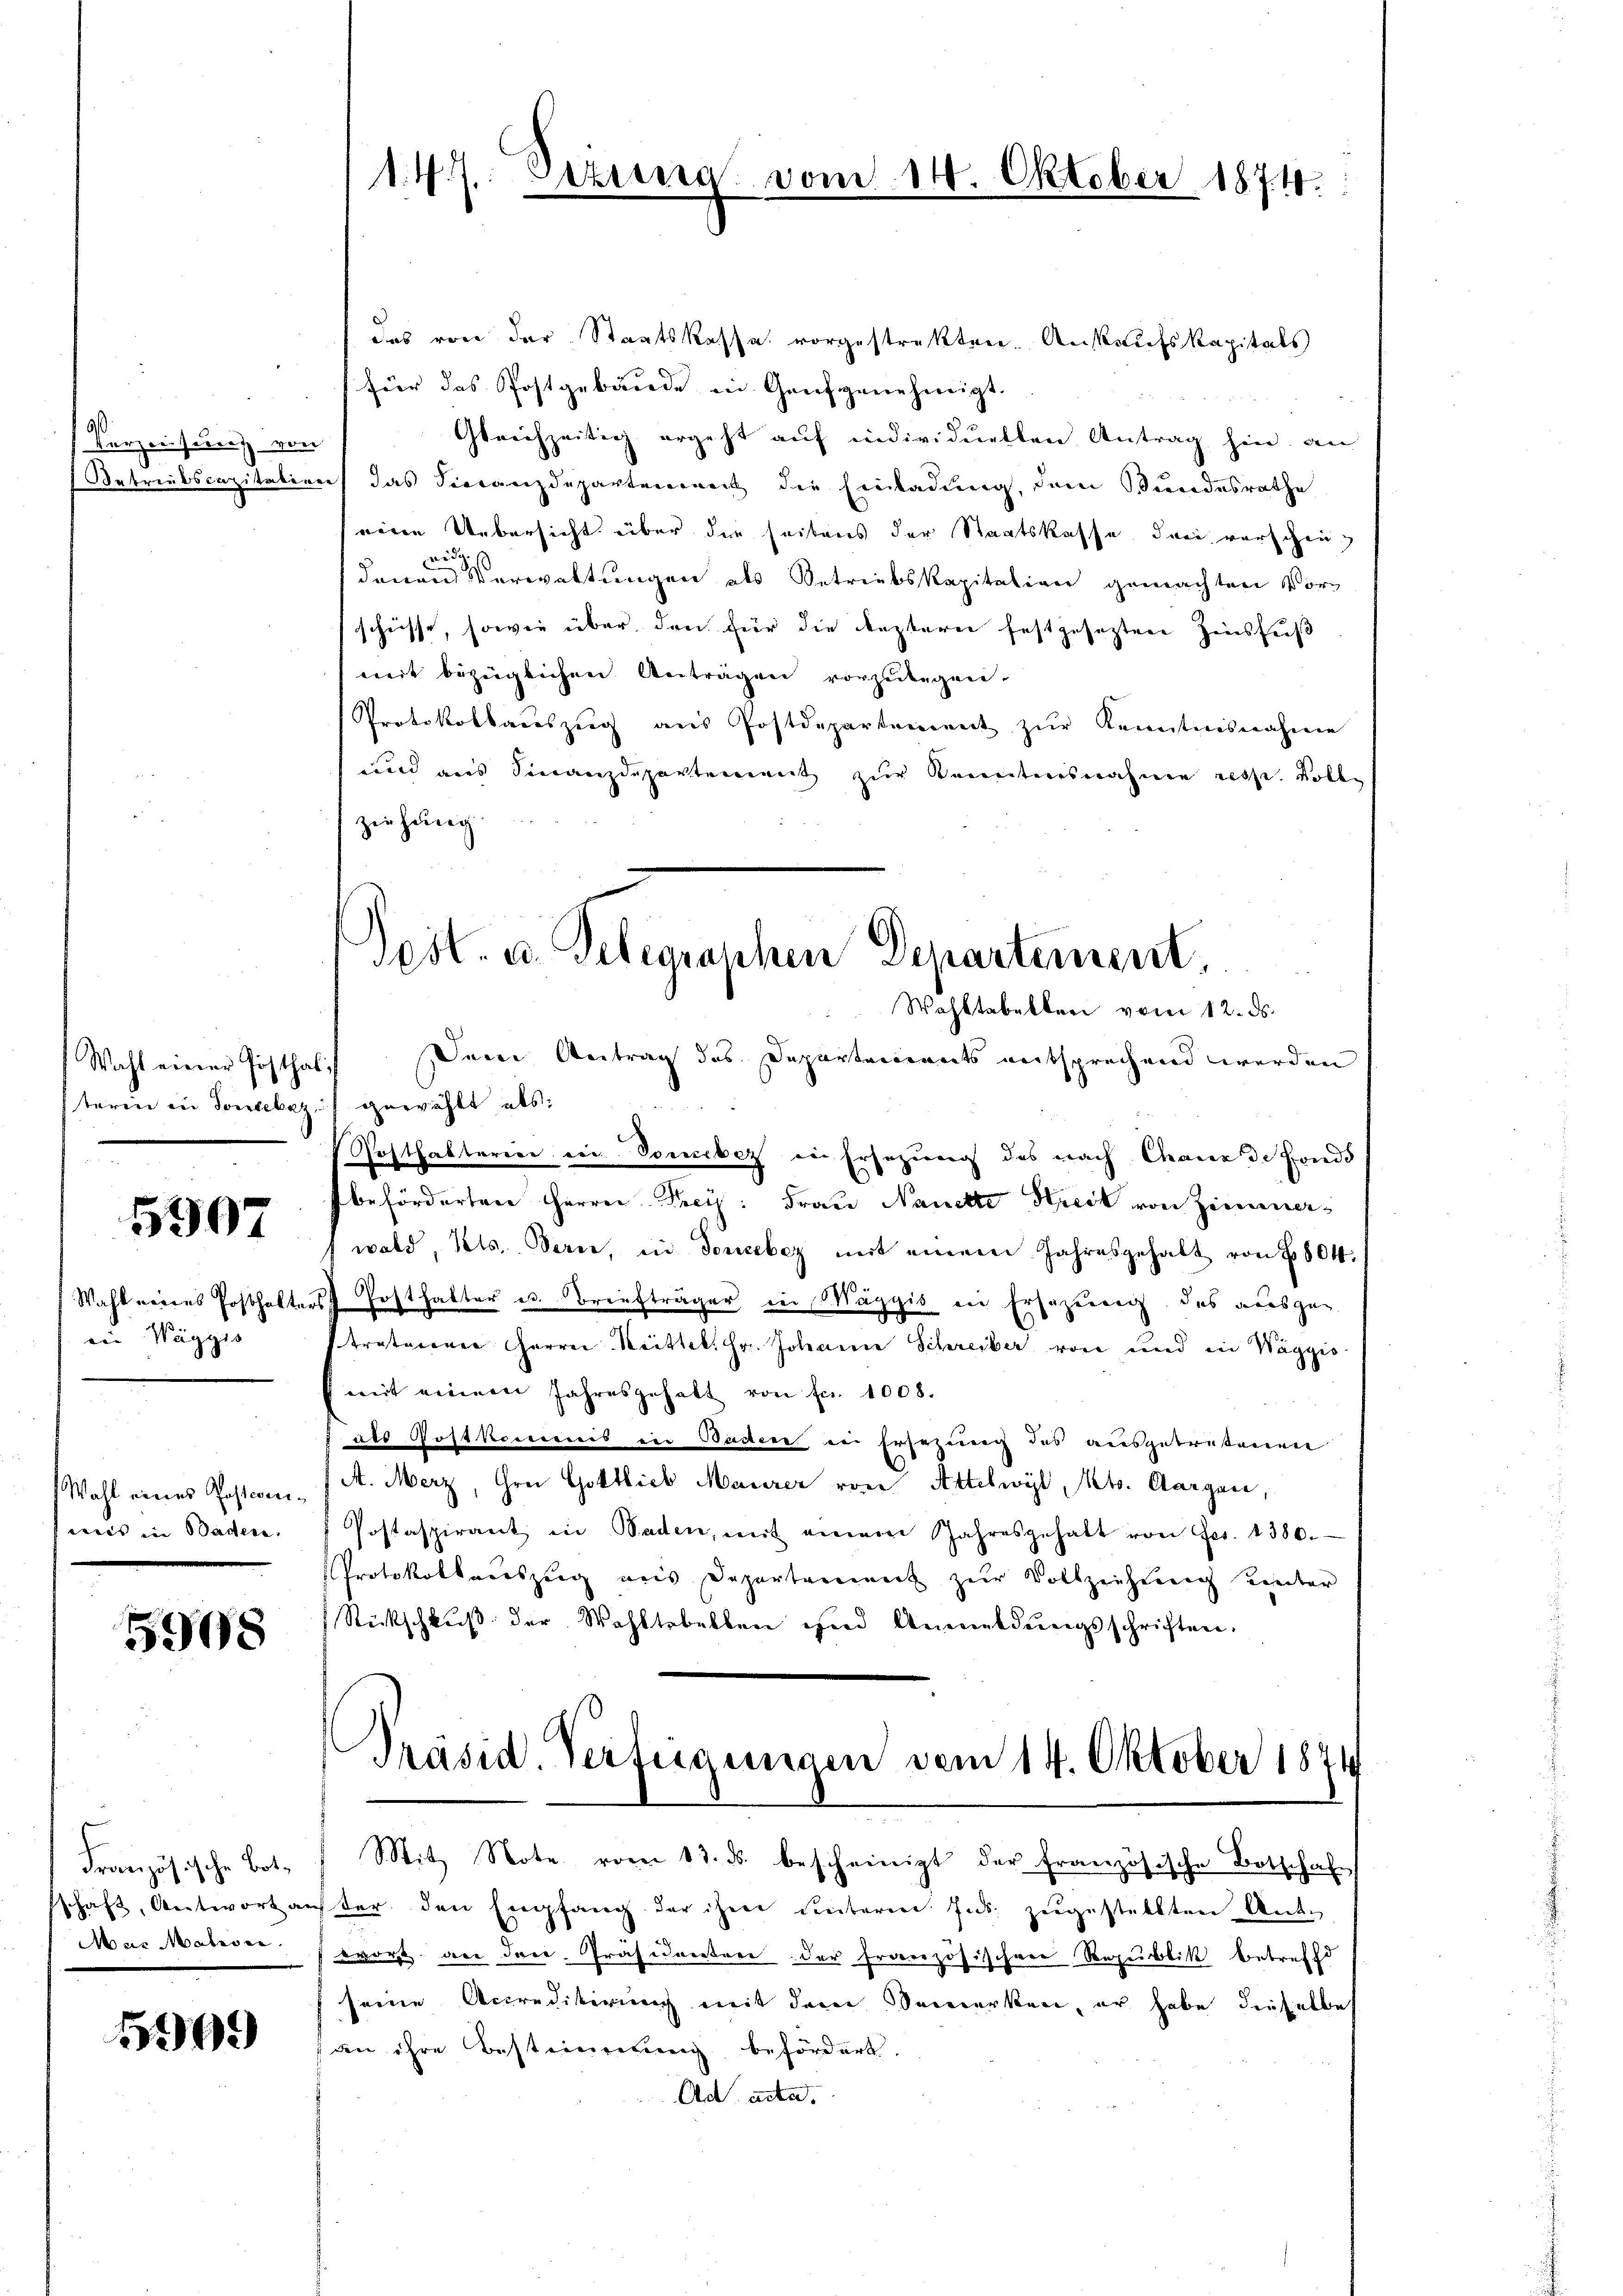
Kurzenseres von
Betreibscapitale.

Wahl einer Posthal
steren ein Sonebaz,

5907

Wahl vornes Posthalte
in Wäggis

Wahl eines Postereimis in Baden.

5908

Französische Botschaft, Antwort a
Mar Malerei.

5999

147. Sinnen,

von

.

Oktober 187. 40

das von der Staatskassa vorgestrakten Auskaufskapitals
für das Postgebäude in Genf genehmigt.
Gleichzeitig ergeht auf individuellen Antrag hin, an
ref das Veranzdepartenwert die Einladung, dem Bundesrathe
eine Uebersicht über der seitens der Staatskasse dann verschen,
denen Verwaltungen als Betriebskapitalien gemachten Vorschnisse, sowie über den für die lezterer festgesetzten Zinsfuß
mit bezeiglichen Anträgen vorzulegen
Protokollaŭszŭg aŭs Postdepartement zŭr Kenntnisnahme
und aus Finanzdepartement zur Kenntnisnahme resp. Kolle
ziehung.

Post- u. Gelegranken Departement,
Wahltabelbrei vom 12. ds.

Dein Antrag des Departements entsprechend werden
gewählt als:
Rosthalterien ein Pomebez in Ersezung des nach Chaux de Fonds
befördertere Herren Preis: Frau Nanette Streck von Zimmerwald, Kts. Berne, in douceber mit einem Jahresgehalt von 1804.
Posthalter es. Braufträger in Wäggis in Ersezung, das ausge
stratenen Herrn Mittel. Hr. Johann Schreiber von und in Wäggis
mit einem Jahresgehalt von fr. 1008.
als Post kommis in Baden in Ersezung des ausgetretenen
A. Merz, Grei Gottlieb Mauerer von Attelwyl, Kts. Aargau,
Postaspirant in Baden, mit einem Jahresgehalt von Frs. 1380.
Protokollauszug aus Departement zur Vollziehung unter
Rückschlŭβ der Wahltebellen und Anmeldŭngsschriften.
Präsid. Verteigungen vom 14. Oktober 1874
Mit Note vom 13. ds. bescheinigt der französische Botschaft
ter den Empfang der ihrer untere Ins. zugestellten Ant.
wort die dere Präsidentere der Französischen Republik betreff
(seine Accreditirung mit dem Bemerken, er habe dieselbe
an ihre Bestimmung befördert.
Ad acta.